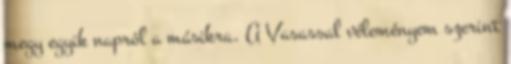
megy egyik napról a másikra. A Vasassal véleményem szerint